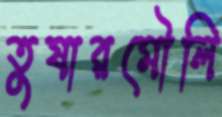
তুষারমৌলি